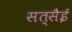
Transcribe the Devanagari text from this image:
सत्सैई